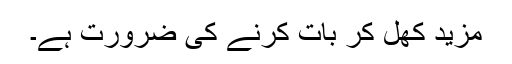
مزید کُھل کر بات کرنے کی ضرورت ہے۔